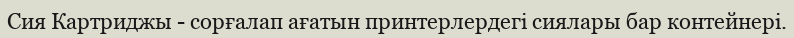
Сия Картриджы - сорғалап ағатын принтерлердегi сиялары бар контейнерi.